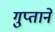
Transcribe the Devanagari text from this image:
गुप्ताने